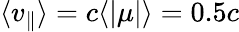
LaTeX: \langle{v_{\parallel}}\rangle=c\langle|\mu|\rangle=0.5c